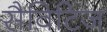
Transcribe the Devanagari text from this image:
सैविटिज